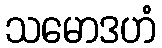
သမောဒဟံ